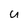
Character: U